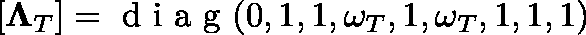
[ \mathbf { \Lambda } _ { T } ] = \mathrm { ~ d ~ i ~ a ~ g ~ } ( 0 , 1 , 1 , \omega _ { T } , 1 , \omega _ { T } , 1 , 1 , 1 )